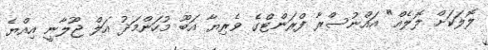
ލޮލަކަށް ލޮލެއް" އައްނުސްރާ ފްރަންޓްގެ ވެރިޔާ އަބޫ މުހަންމަދު އަލް ޖޫލާނީ އިއްޔެ